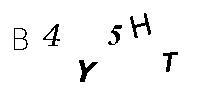
B4Y5HT